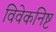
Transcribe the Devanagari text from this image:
विवेकनिष्ट